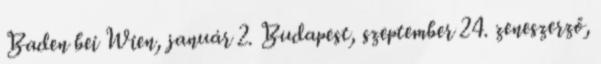
Baden bei Wien, január 2. Budapest, szeptember 24. zeneszerző,